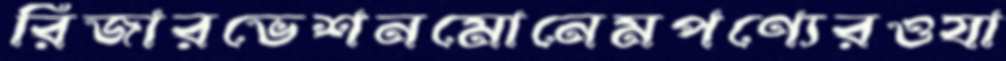
রিজারভেশনমোনেমপণ্যেরওযা